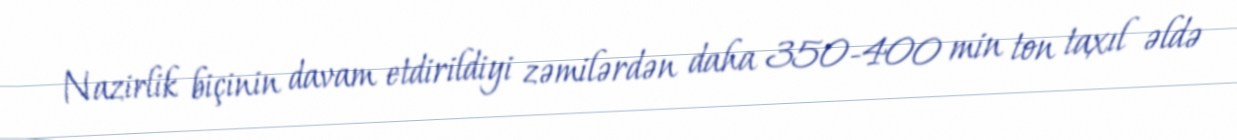
Nazirlik biçinin davam etdirildiyi zəmilərdən daha 350-400 min ton taxıl əldə